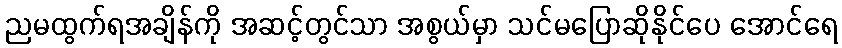
ညမထွက်ရအချိန်ကို အဆင့်တွင်သာ အစွယ်မှာ သင်မပြောဆိုနိုင်ပေ အောင်ရေ